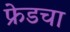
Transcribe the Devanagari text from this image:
फ्रेडचा